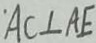
A C \bot A E